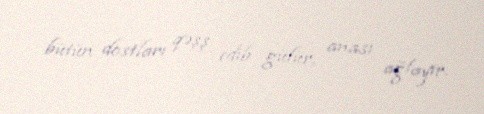
bütün dostları qəşş edib gülür, anası ağlayır.